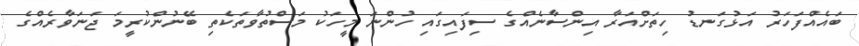
ބައެއްފަހަރު އަޅުގަނޑު ހިތަށްއަރާ އިންސާނެއްގެ ސިފައިގައި ހުންނަ މީހަކު މަސްތުވާތަކެތި ބޭނުންކުރީމަ ޖަނަވާރެއްގެ